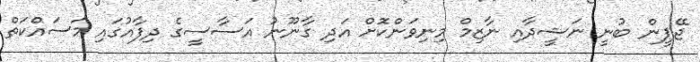
ޖޭޕީން ބުނީ ނަޝީދާއި ނާޒިމް މިނިވަންކޮށް އަދި ގާނޫނު އަސާސީގެ ދިފާއުގައި މަސައްކަތް